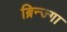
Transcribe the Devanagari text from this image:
ब्रिन्ज्गा